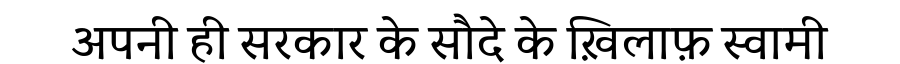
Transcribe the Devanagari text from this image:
अपनी ही सरकार के सौदे के ख़िलाफ़ स्वामी